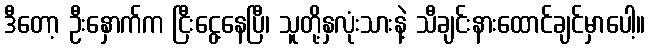
ဒီတော့ ဦးနှောက်က ငြီးငွေ့နေပြီ၊ သူတို့နှလုံးသားနဲ့ သီချင်းနားထောင်ချင်မှာပေါ့။